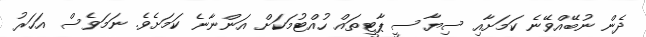
ދެން ނުބޭއްވޭނެ ކަމަށާއި ސިޔާސީ ޕާޓީތައް ހުއްޓުމަކަށް އަންނާނެ ކަމަށެވެ. ނަމަވެސް އަހަރު